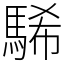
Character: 䮎